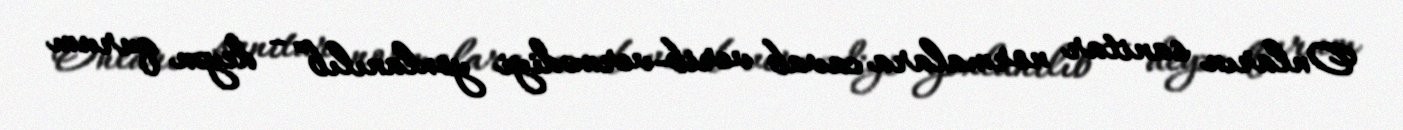
Onların sanitar normalara cavab verib-vermədiyi yoxlanılıb” - deyən qurum